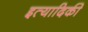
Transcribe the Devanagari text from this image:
इत्‍यादिकी